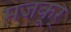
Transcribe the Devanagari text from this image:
मजकूर्